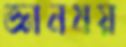
জ্ঞানময়